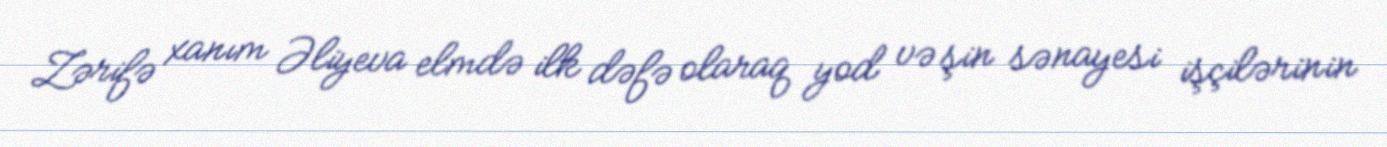
Zərifə xanım Əliyeva elmdə ilk dəfə olaraq yod və şin sənayesi işçilərinin